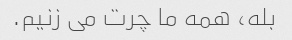
بله، همه ما چرت می زنیم.